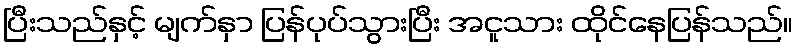
ပြီးသည်နှင့် မျက်နှာ ပြန်ပုပ်သွားပြီး အငူသား ထိုင်နေပြန်သည်။